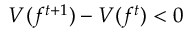
V ( f ^ { t + 1 } ) - V ( f ^ { t } ) < 0